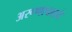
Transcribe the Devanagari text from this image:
अरूणाचलचे